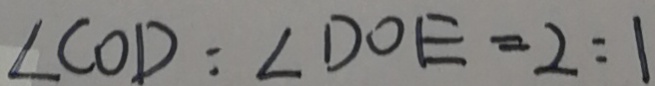
\angle C O D : \angle D O E = 2 : 1